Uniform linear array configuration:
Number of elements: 12
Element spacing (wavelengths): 0.5
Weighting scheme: kaiser
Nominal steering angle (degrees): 60
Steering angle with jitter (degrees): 58.064
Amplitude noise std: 0.05
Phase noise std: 0.05

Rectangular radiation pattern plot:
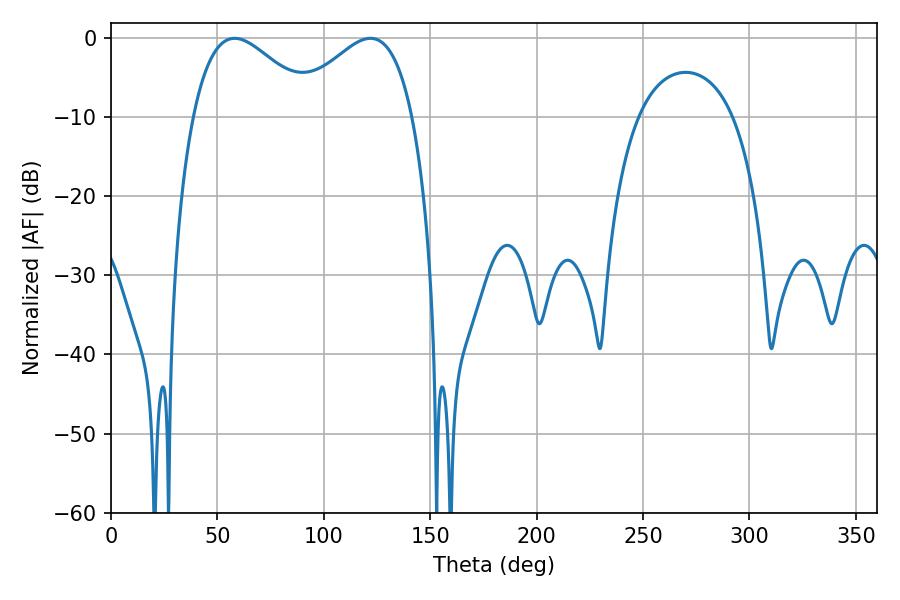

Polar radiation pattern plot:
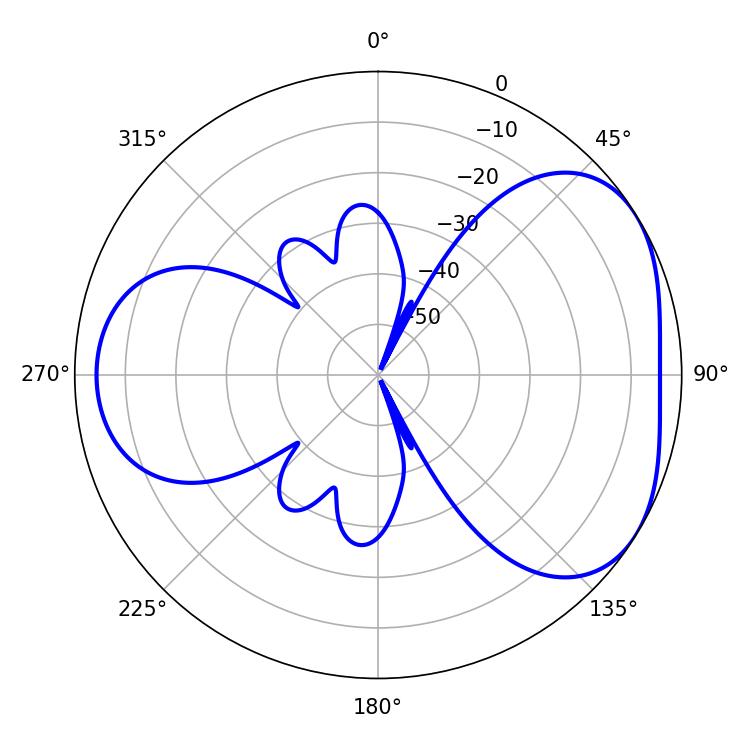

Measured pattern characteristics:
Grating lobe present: FALSE
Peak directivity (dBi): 4.167
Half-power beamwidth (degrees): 31.14
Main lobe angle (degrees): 58.14